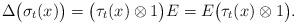
LaTeX: \begin{align*}\Delta\bigl(\sigma_t(x)\bigr)=\bigl(\tau_t(x)\otimes1\bigr)E=E\bigl(\tau_t(x)\otimes1\bigr).\end{align*}